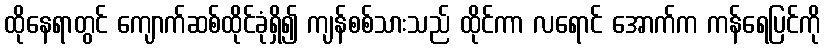
ထိုနေရာတွင် ကျောက်ဆစ်ထိုင်ခုံရှိ၍ ကျန်စစ်သားသည် ထိုင်ကာ လရောင် အောက်က ကန်ရေပြင်ကို